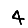
Digit: 4